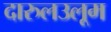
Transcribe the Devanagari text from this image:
दारुलउलूम